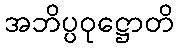
အဘိပ္ပဝုဋ္ဌောတိ